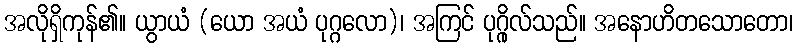
အလိုရှိကုန်၏။ ယွာယံ (ယော အယံ ပုဂ္ဂလော)၊ အကြင် ပုဂ္ဂိုလ်သည်။ အနောဟိတသောတော၊